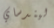
ليندساي